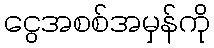
ငွေအစစ်အမှန်ကို